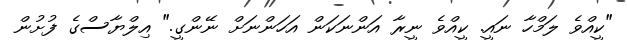
"ކީއްވެ ލަމްހާ ނައީ. ކީއްވެ ނީރާ އަންނަކަން އަހަންނަށް ނޭންގީ." އިލްޔާސްގެ ފުށުން